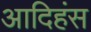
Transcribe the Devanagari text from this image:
आदिहंस